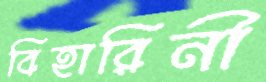
বিহারিনী